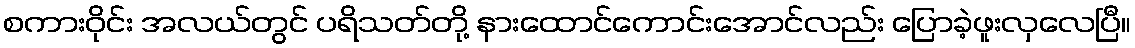
စကားဝိုင်း အလယ်တွင် ပရိသတ်တို့ နားထောင်ကောင်းအောင်လည်း ပြောခဲ့ဖူးလှလေပြီ။